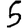
Digit: 5